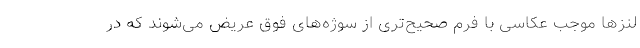
لنزها موجب عکاسی با فرم صحیح‌تری از سوژه‌های فوق عریض می‌شوند که در